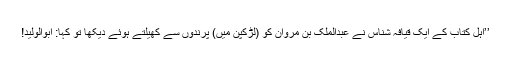
’’اہلِ کتاب کے ایک قیافہ شناس نے عبدالملک بن مروان کو (لڑکپن میں) پرندوں سے کھیلتے ہوئے دیکھا تو کہا: ابوالولید!